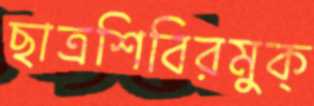
ছাত্রশিবিরমুক্